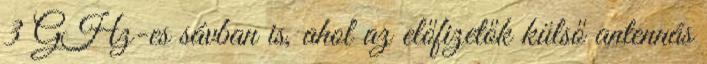
3 GHz-es sávban is, ahol az előfizetők külső antennás